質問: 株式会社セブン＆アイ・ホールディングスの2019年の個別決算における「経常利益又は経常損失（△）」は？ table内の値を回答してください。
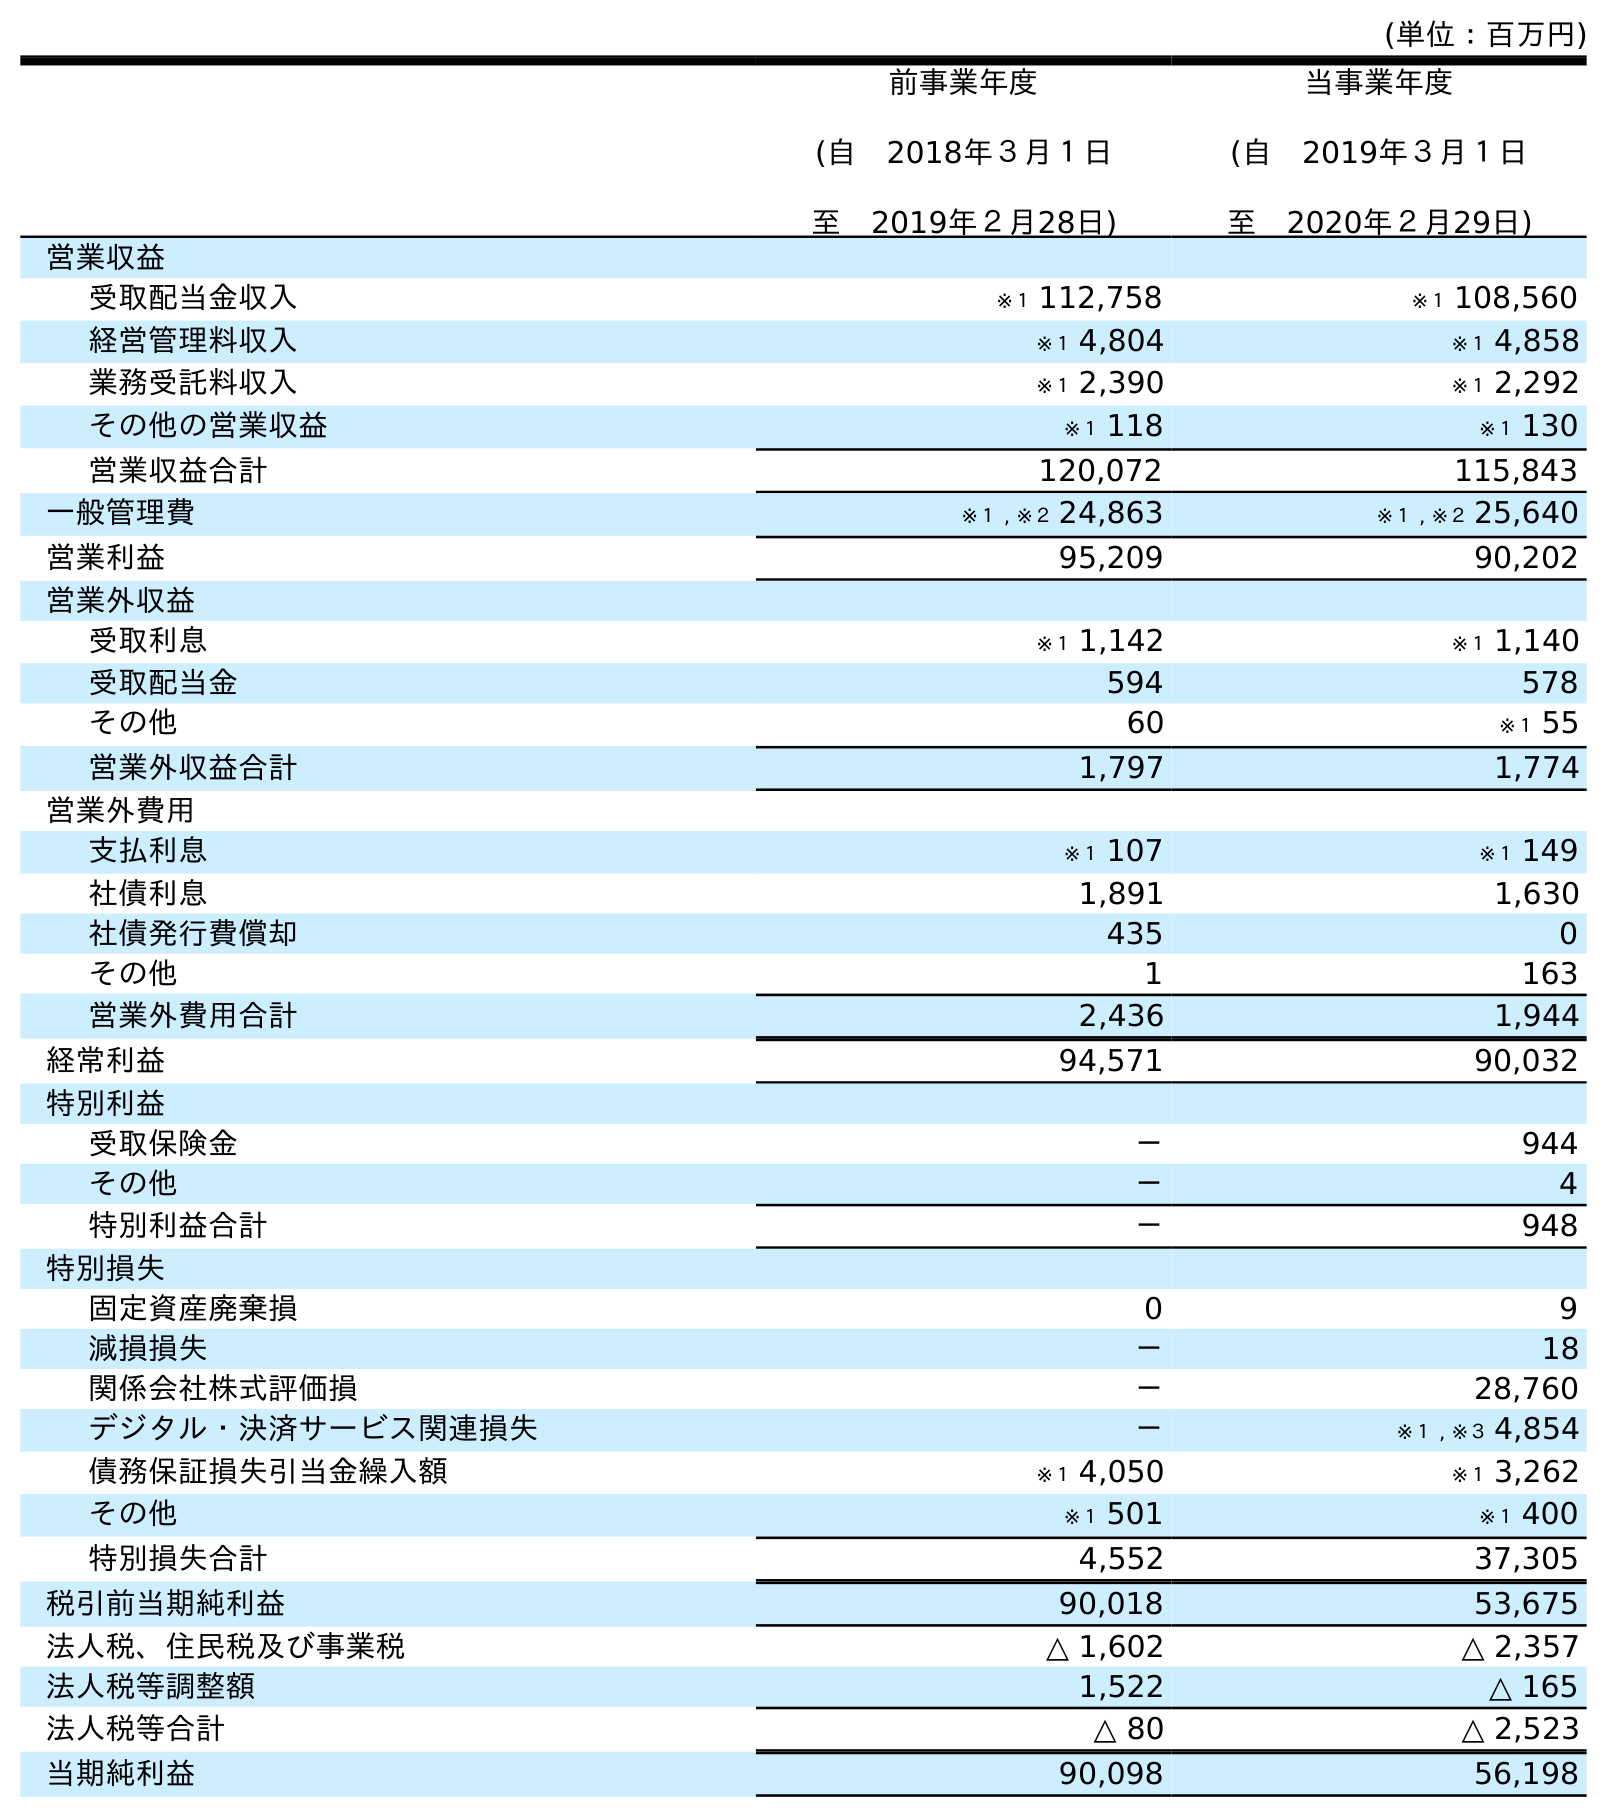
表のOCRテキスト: (単位：百万円) 前事業年度 (自 2018年３月１日 至 2019年２月28日) 当事業年度 (自 2019年３月１日 至 2020年２月29日) 営業収益 受取配当金収入 ※１ 112,758 ※１ 108,560 経営管理料収入 ※１ 4,804 ※１ 4,858 業務受託料収入 ※１ 2,390 ※１ 2,292 その他の営業収益 ※１ 118 ※１ 130 営業収益合計 120,072 115,843 一般管理費 ※１ , ※２ 24,863 ※１ , ※２ 25,640 営業利益 95,209 90,202 営業外収益 受取利息 ※１ 1,142 ※１ 1,140 受取配当金 594 578 その他 60 ※１ 55 営業外収益合計 1,797 1,774 営業外費用 支払利息 ※１ 107 ※１ 149 社債利息 1,891 1,630 社債発行費償却 435 0 その他 1 163 営業外費用合計 2,436 1,944 経常利益 94,571 90,032 特別利益 受取保険金 － 944 その他 － 4 特別利益合計 － 948 特別損失 固定資産廃棄損 0 9 減損損失 － 18 関係会社株式評価損 － 28,760 デジタル・決済サービス関連損失 － ※１ , ※３ 4,854 債務保証損失引当金繰入額 ※１ 4,050 ※１ 3,262 その他 ※１ 501 ※１ 400 特別損失合計 4,552 37,305 税引前当期純利益 90,018 53,675 法人税、住民税及び事業税 △ 1,602 △ 2,357 法人税等調整額 1,522 △ 165 法人税等合計 △ 80 △ 2,523 当期純利益 90,098 56,198
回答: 94,571